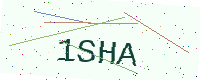
Text: 1SHA